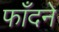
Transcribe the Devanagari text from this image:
फाँदने